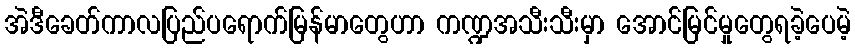
အဲဒီခေတ်ကာလပြည်ပရောက်မြန်မာတွေဟာ ကဏ္ဍအသီးသီးမှာ အောင်မြင်မှုတွေရခဲ့ပေမဲ့